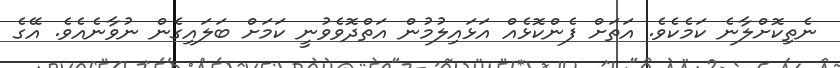
ނެތިކޮށްލާނެ ކަމެކެވެ. އަތަށް ފެންކޮޅެއް އަޅައިލުމުން އަތްދޮވެވުނީ ކަމަށް ބަލައިގެން ނުވާނެއެވެ. އޭގެ